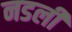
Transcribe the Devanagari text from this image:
नडली